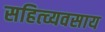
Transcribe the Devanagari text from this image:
सहित्व्यवसाय